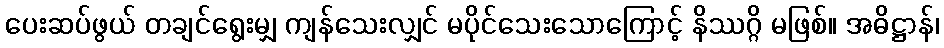
ပေးဆပ်ဖွယ် တချင်ရွေးမျှ ကျန်သေးလျှင် မပိုင်သေးသောကြောင့် နိဿဂ္ဂိ မဖြစ်။ အဓိဋ္ဌာန်၊